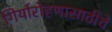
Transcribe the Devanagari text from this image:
गिर्यारोहणासाठीचे